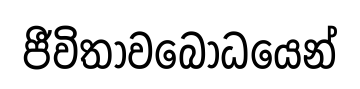
ජීවිතාවබෝධයෙන්